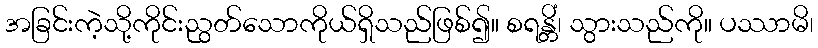
အခြင်းကဲ့သို့ကိုင်းညွတ်သောကိုယ်ရှိသည်ဖြစ်၍။ စရန္တိံ၊ သွားသည်ကို။ ပဿာမိ၊